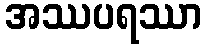
အဿပရဿာ